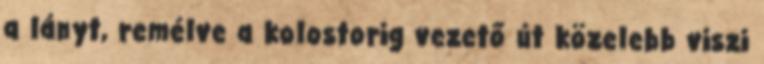
a lányt, remélve a kolostorig vezető út közelebb viszi